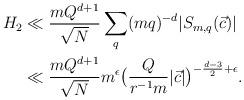
LaTeX: \begin{align*}H_2 &\ll \frac{m Q^{d+1}}{\sqrt{N}} \sum_{q}(mq)^{-d}|S_{m,q}(\vec{c})| \\& \ll \frac{m Q^{d+1}}{\sqrt{N}} m^{\epsilon}\big( \frac{Q}{r^{-1}m} |\vec{c}|\big)^{-\frac{d-3}{2}+\epsilon}.\end{align*}